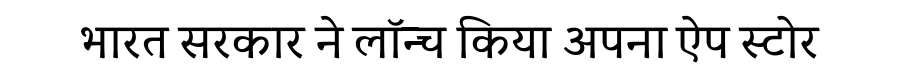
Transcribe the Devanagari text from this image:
भारत सरकार ने लॉन्च किया अपना ऐप स्टोर